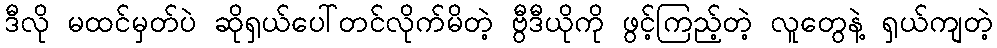
ဒီလို မထင်မှတ်ပဲ ဆိုရှယ်ပေါ်တင်လိုက်မိတဲ့ ဗွီဒီယိုကို ဖွင့်ကြည့်တဲ့ လူတွေနဲ့ ရှယ်ကျတဲ့